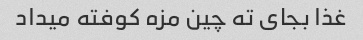
غذا بجای ته چین مزه کوفته میداد